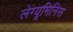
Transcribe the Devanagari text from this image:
लेग्यूमिनिस